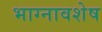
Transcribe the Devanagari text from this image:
भाग्नावशेष